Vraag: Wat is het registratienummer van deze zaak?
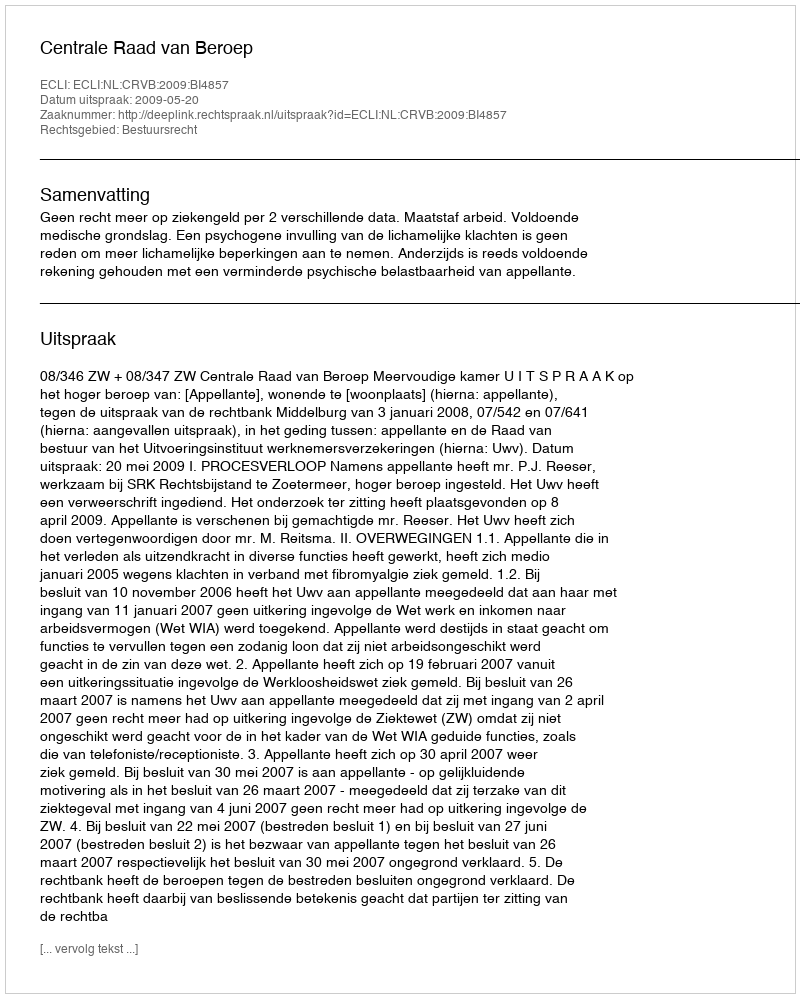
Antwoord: http://deeplink.rechtspraak.nl/uitspraak?id=ECLI:NL:CRVB:2009:BI4857